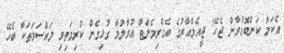
އެކަމާ ކަންބޮޑުވާން ޖެހޭ" ޖީއެމްއާރުގެ އެގްރިމެންޓް އުވާލުމާ ގުޅިގެން ކުރިމަތިވި މައްސަލަތަކާ ބެހޭ